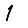
Digit: 1